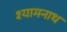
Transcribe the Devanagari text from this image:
श्यामनाथ